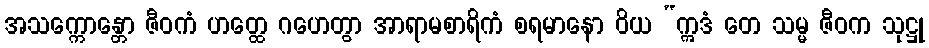
အသက္ကောန္တော ဇီဝကံ ဟတ္ထေ ဂဟေတွာ အာရာမစာရိကံ စရမာနော ဝိယ “ဣဒံ တေ သမ္မ ဇီဝက သုဋ္ဌု